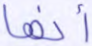
أنها